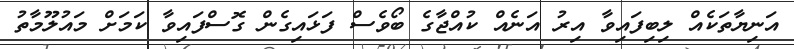
އަނިޔާތަކެއް ލިބިފައިވާ އިރު އަނެއް ކުއްޖާގެ ބޯވެސް ފަޅައިގެން ގޮސްފައިވާ ކަމަށް މައުލޫމާތު